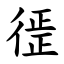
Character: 徰